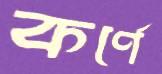
কর্ণে